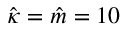
\hat { \kappa } = \hat { m } = 1 0 \